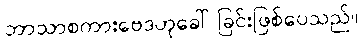
ဘာသာစကားဗေဒဟုခေါ်ခြင်းဖြစ်ပေသည်။